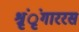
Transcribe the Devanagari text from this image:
श्रृंृंगाररस